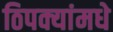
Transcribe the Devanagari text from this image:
ठिपक्यांमधे